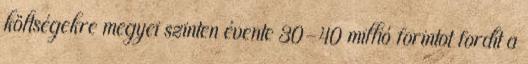
költségekre megyei szinten évente 30-40 millió forintot fordít a